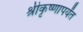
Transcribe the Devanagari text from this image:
श्रीकृष्णापर्यंत